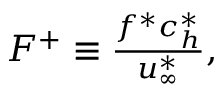
\begin{array} { r } { F ^ { + } \equiv \frac { f ^ { * } c _ { h } ^ { * } } { u _ { \infty } ^ { * } } , } \end{array}